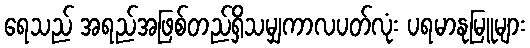
ရေသည် အရည်အဖြစ်တည်ရှိသမျှကာလပတ်လုံး ပရမာနုမြူများ